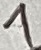
Text: 1